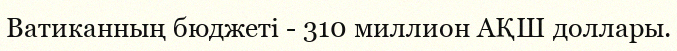
Ватиканның бюджеті - 310 миллион АҚШ доллары.